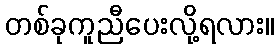
တစ်ခုကူညီပေးလို့ရလား။